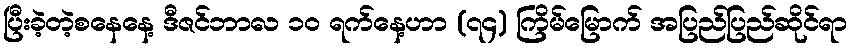
ပြီးခဲ့တဲ့စနေနေ့ ဒီဇင်ဘာလ ၁၀ ရက်နေ့ဟာ (၇၄) ကြိမ်မြောက် အပြည်ပြည်ဆိုင်ရာ